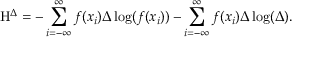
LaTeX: \mathrm { H } ^ { \Delta } = - \sum _ { i = - \infty } ^ { \infty } f ( x _ { i } ) \Delta \log ( f ( x _ { i } ) ) - \sum _ { i = - \infty } ^ { \infty } f ( x _ { i } ) \Delta \log ( \Delta ) .